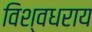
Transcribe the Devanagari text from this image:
विश्वधराय